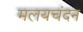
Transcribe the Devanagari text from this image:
मलयचंदन